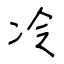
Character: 冷